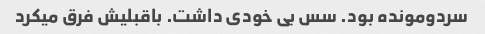
سردومونده بود. سس بی خودی داشت. باقبلیش فرق میکرد